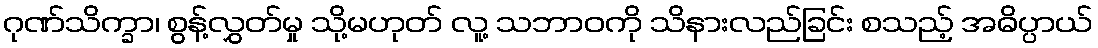
ဂုဏ်သိက္ခာ၊ စွန့်လွှတ်မှု သို့မဟုတ် လူ့ သဘာဝကို သိနားလည်ခြင်း စသည့် အဓိပ္ပာယ်